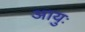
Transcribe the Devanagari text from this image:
आयुः